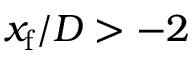
x _ { \mathrm { f } } / D > - 2